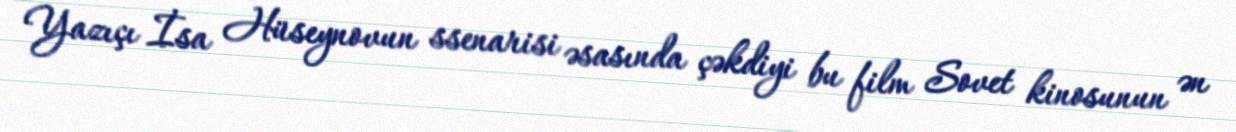
Yazıçı İsa Hüseynovun ssenarisi əsasında çəkdiyi bu film Sovet kinosunun ən